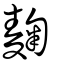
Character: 麴